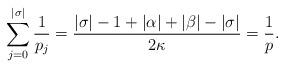
LaTeX: \begin{align*}\sum_{j=0}^{|\sigma|}\frac{1}{p_j}=\frac{|\sigma|-1+|\alpha|+|\beta|-|\sigma|}{2\kappa}=\frac{1}{p}.\end{align*}